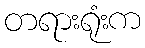
တရားရုံးက